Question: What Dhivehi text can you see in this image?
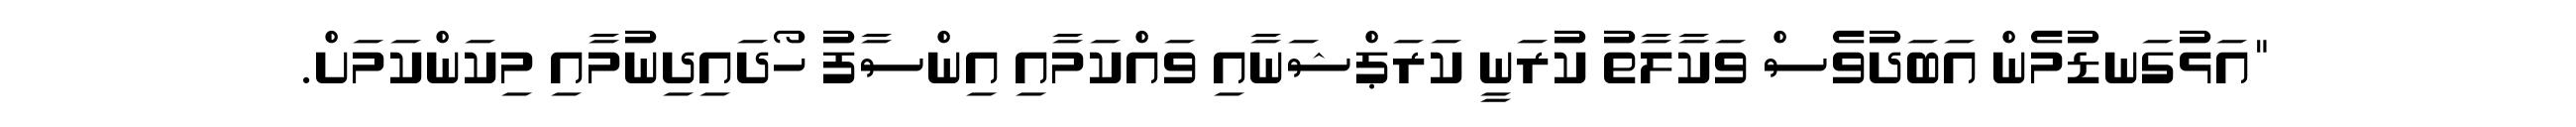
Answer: "އަޅުގަނޑުމެން އަބަދުވެސް ވަކާލާތު ކުރަނީ ކަރަޕްޝަނާއި ވައްކަމާއި އިންސާފު ހޯދައިދިނުމާއި މިކަންކަމަށް.